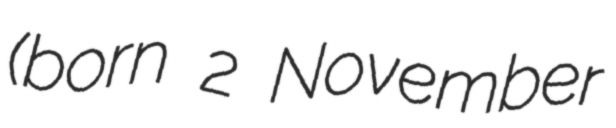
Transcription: (born 2 November